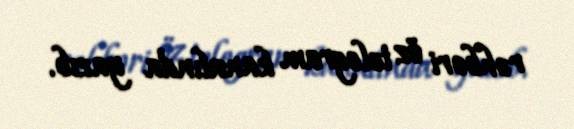
rəhbəri öz telegram kanalında yazıb.